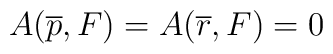
A(\overline{p},F)=A(\overline{r},F)=0